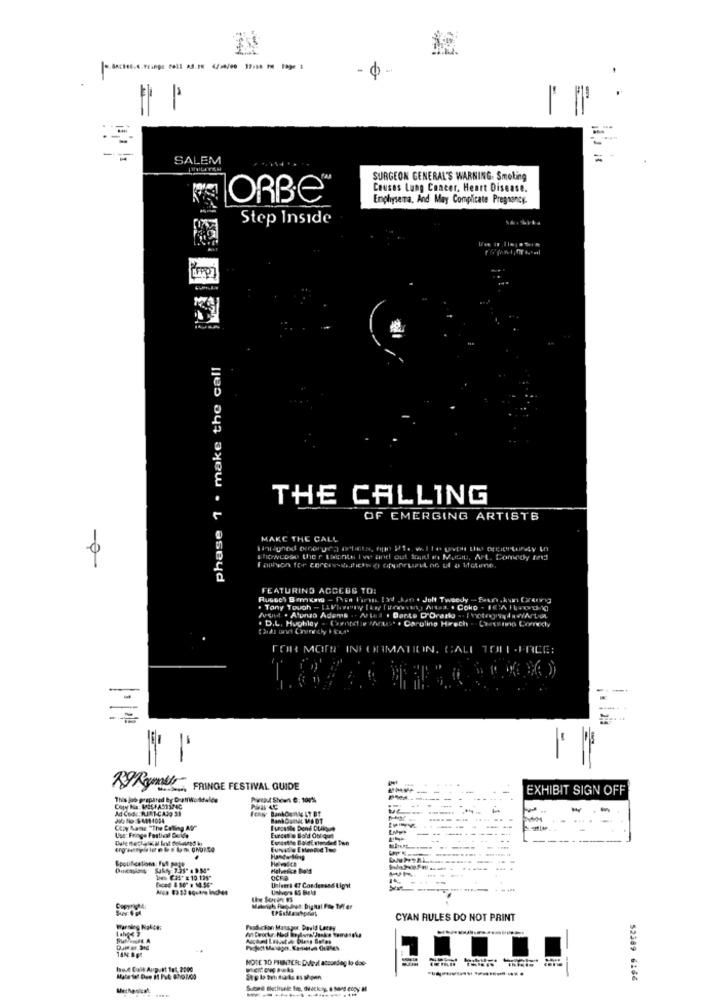
SALEM
SURGEON GENERAL'S WARNING. Smoking
Cousas Lung Cancer, Heart Disease.
ORBE
Emphysema, And May Complicate Pregnancy-
Step Inside
phase 1 . make the call
THE CALLING
OF EMERGING ARTISTS
MAKE THE CALL
-0
FEATURING ACCESS TO:
Jolt Twee Jy
. Tany Touch - [Vinny [En ] A
. . Coko - 1'A vod 0
. D.L. Hughley - Caentette MAaus. . Caroling Hrech . Cetsig Cordy
FOR MORE INFORMATION, CALL TOLL -FREE:
-
FRINGE FESTIVAL GUIDE
EXHIBIT SIGN OFF
This job prepared by DraftWoddel
Antal Shown C: 100%
Ad Cod. MINT-CA20 33
Paar
Eurosshe Dens Dtak
Use: Fringe Fastleal Davide
Eurcat @ Bold Obique
OCFA
Unleer: 47 Cordens
Aus 83.33 square Inches
Univers &S Beld
CYAN RULES DO NOT PRINT
Fesduchan Manager Dauld Lacey
HOTE TO PHINTER: Dulost accordog to doe-
have Dalt August 1of 2500
52389 6166
Mechanical
-----